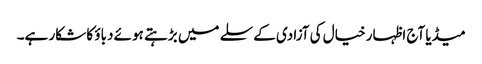
میڈیا آج اظہار خیال کی آزادی کے سلے میں بڑہتے ہوئے دباؤ کا شکار ہے۔